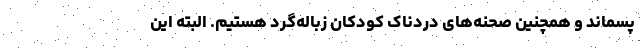
پسماند و همچنین صحنه‌های دردناک کودکان زباله‌گرد هستیم. البته این